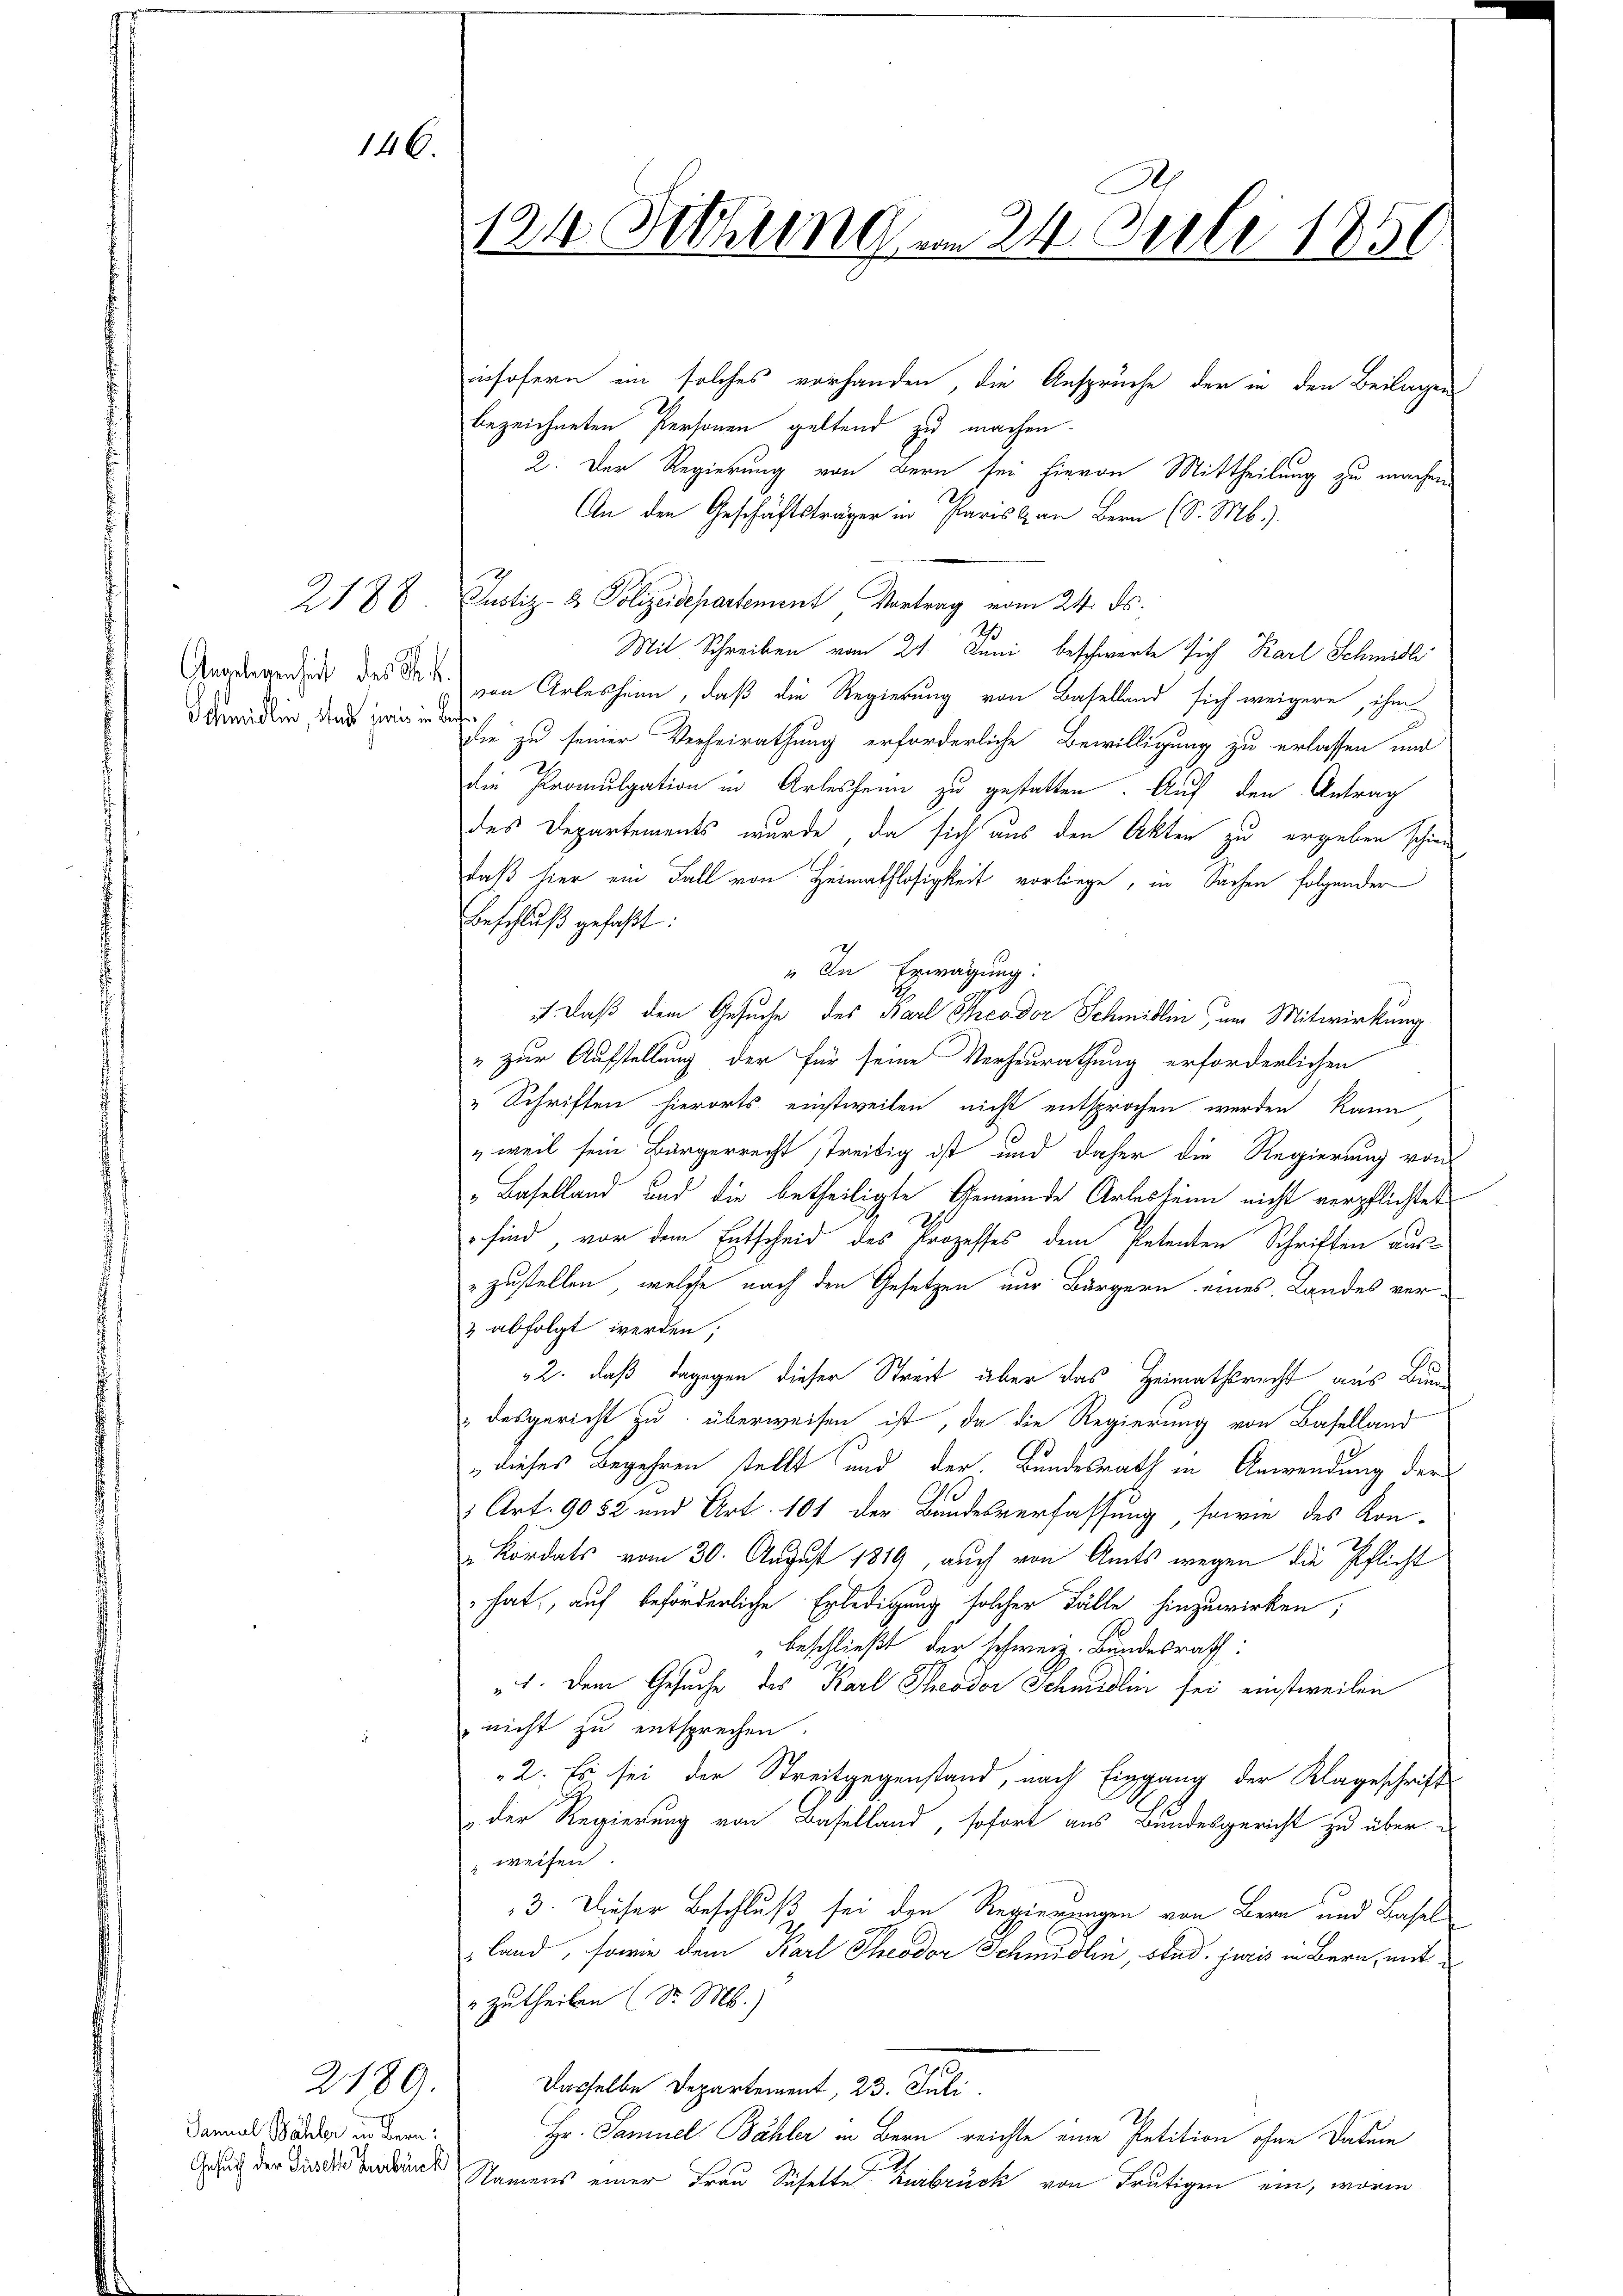
146.

2188

2189.
Janual Bähler Bern:
Gesuch der Liselle Zurbruck

1214. Sitzung am 24. Juli 1850

insofern ein solches vorhanden, die Ansprüche der in den Beilagen
bezeichneten Personen geltend zu machen.
2. Der Regierung von Bern sei hievon Mittheilung zu machen.
An den Geschäftsträger in Paris an Bern (S. M.).
Justiz- & Polizeidepartement Vortrag vom 24. ds.
Mit Schreiben vom 21. Juni beschwerte sich Karl Schmidli
Anordnende des Das von Arlesheim, daß die Regierung von Baselland sich weigere, ihm
eawadin, das warmen sie zu seiner Verheirathung erforderliche Bewilligung zu erlassen und
die Promulgation in Arlesheim zu gestatten. Auf den Antrag
des Departements wurde, da sich aus den Akten zu ergeben schien
daß hier ein Fall von Heimathlosigkeit vorliege, in Sachen folgender
Beschluß gefaßt:
" In Erwägung:
 daß dem Gesuche des Karl Theodor Schmidlin, um Mitwirkung
" zur Aufstellung der für seine Verheurathung erforderlichen
„Schriften hierorts einstweilen nicht entsprochen werden kann,
„weil sein Bürgerrecht streitig ist und daher die Regierung von
„Baselland und die betheiligte Gemeinde Arlesheim nicht verpflichtet
sind, vor dem Entscheid des Prozesses dem Petenten Schriften aus-
zustellen, welche nach den Gesetzen nur Bürgern eines Landes ver¬
3 abfolgt werden;
2. daß dagegen dieser Streit über das Heimathsrecht aus Bundesgericht zu überweisen ist, da die Regierung von Baselland
dieses Begehren stellt und der Bundesrath in Anwendung der
1 Art. 9052 und Art. 101 der Bundesverfassung, sowie des Kon-
Kordats vom 30. August 1819, auch von Amts wegen die Pflicht
hat, auf beförderliche Erledigung solcher Fälle hinzuwirken;
beschließt der schweiz. Bundesrath:
„1. Dem Gesuche des Karl Theodor Schmidlin sei einstweilen
 nicht zu entsprechen
2. Es sei der Streitgegenstand, nach Eingang der Klageschrift
der Regierung von Baselland, sofort aus Bundesgericht zu über¬
" weisen
3. Dieser Beschluß sei den Regierungen von Bern und Basel
land, sowie dem Karl Theodor Schmidlin, stud. juris in Bern, mit
2 Zutheilen (Dr. M.)
Dasselbe Departement, 23. Juli
Hr. Samuel Bähler in Bern reichte eine Petition ohne Datum
Namens einer Frau Schelte Zurbrück von Frutigen ein, worin